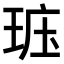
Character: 𤥦